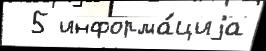
  5 информа́циjа